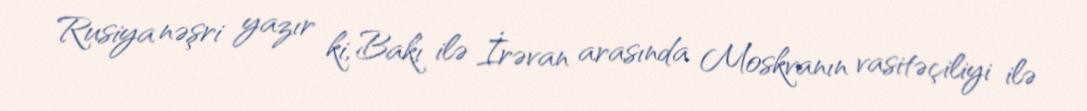
Rusiya nəşri yazır ki, Bakı ilə İrəvan arasında Moskvanın vasitəçiliyi ilə